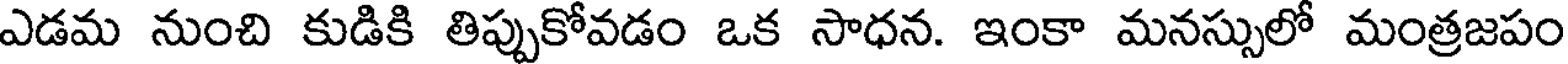
ఎడమ నుంచి కుడికి తిప్పుకోవడం ఒక సాధన. ఇంకా మనస్సులో మంత్రజపం